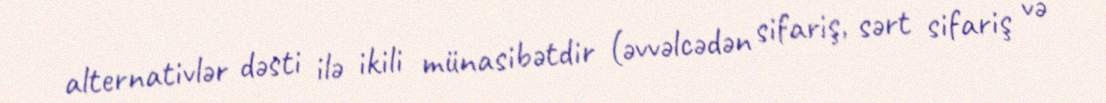
alternativlər dəsti ilə ikili münasibətdir (əvvəlcədən sifariş, sərt sifariş və